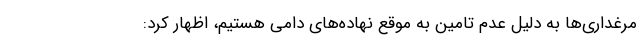
مرغداری‌ها به دلیل عدم تامین به موقع نهاده‌های دامی هستیم، اظهار کرد: